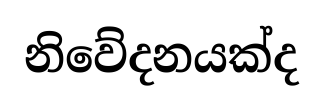
නිවේදනයක්ද